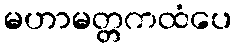
မဟာမတ္တကထံပေ